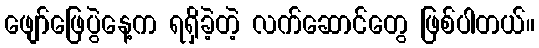
ဖျော်ဖြေပွဲနေ့က ရရှိခဲ့တဲ့ လက်ဆောင်တွေ ဖြစ်ပါတယ်။